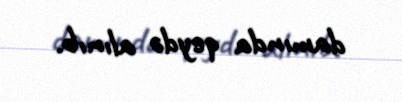
damında qeydə alınıb.